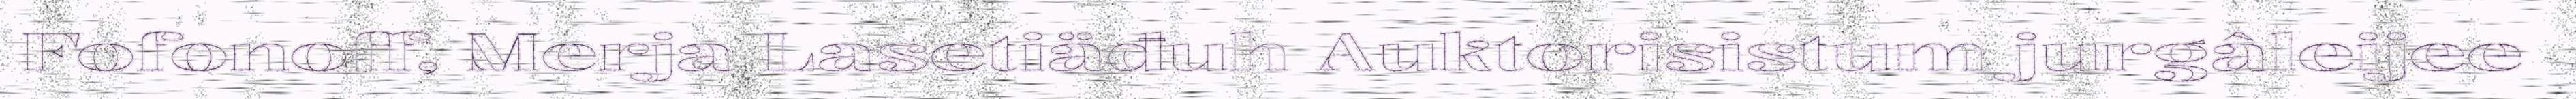
Fofonoff, Merja Lasetiäđuh Auktorisistum jurgâleijee